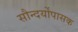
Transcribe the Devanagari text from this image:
सौन्दर्योपासक